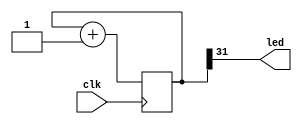
module  blinker (

        output led,
        input clk
);

parameter WIDTH = 32 ;

reg [WIDTH - 1 : 0] counter ;

always @(posedge clk) begin
  counter <= counter + 1;
end

assign led = counter[WIDTH - 1] ;

endmodule